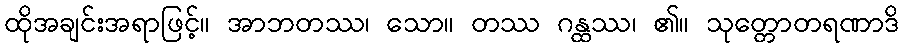
ထိုအချင်းအရာဖြင့်။ အာဘတဿ၊ သော။ တဿ ဂန္ထဿ၊ ၏။ သုတ္တောတရဏာဒိ